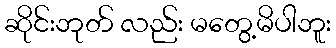
ဆိုင်းဘုတ် လည်း မတွေ့မိပါဘူး